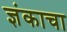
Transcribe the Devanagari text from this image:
ज्ञंकाचा